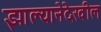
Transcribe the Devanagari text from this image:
झाल्यानेदेखील